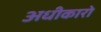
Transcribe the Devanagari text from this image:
अधीकारो